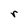
Character: r